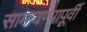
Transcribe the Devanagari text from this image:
सामावण्यापूर्वी